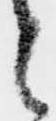
之